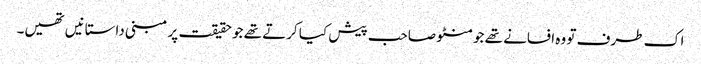
اک طرف تو وہ افسانے تھے جو منٹو صاحب پیش کیا کرتے تھے جو حقیقت پر مبنی داستانیں تھیں۔